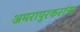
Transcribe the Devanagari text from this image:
अमरापुरकरांना